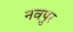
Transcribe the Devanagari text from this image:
नवपुर